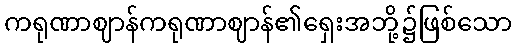
ကရုဏာဈာန်ကရုဏာဈာန်၏ရှေးအဘို့၌ဖြစ်သော